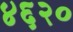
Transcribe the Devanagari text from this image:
४६२०